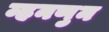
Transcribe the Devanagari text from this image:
म्हनणुन